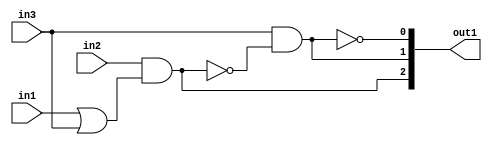
`timescale 1ps / 1ps
/*****************************************************************************
    Verilog RTL Description
    
    
    Created by: Stratus DpOpt 2019.1.01 
*******************************************************************************/

module DC_Filter_gen_busy_r_1 (
	in1,
	in2,
	in3,
	out1
	); /* architecture "behavioural" */ 
input  in1,
	in2,
	in3;
output [2:0] out1;
wire  asc004,
	asc005,
	asc007,
	asc009;
wire [2:0] asc010;

assign asc005 = 
	(in1)
	|(in3);

assign asc004 = 
	(in2)
	&(asc005);

assign asc007 = 
	(in3)
	&((~asc004));

assign asc009 = 
	((~asc007));

assign asc010 = {asc004,asc007,asc009};

assign out1 = asc010;
endmodule

/* CADENCE  uLf5Qw0= : u9/ySgnWtBlWxVPRXgAZ4Og= ** DO NOT EDIT THIS LINE ******/